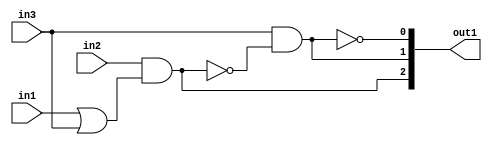
`timescale 1ps / 1ps
/*****************************************************************************
    Verilog RTL Description
    
    
    Created by: Stratus DpOpt 2019.1.01 
*******************************************************************************/

module DC_Filter_gen_busy_r_1 (
	in1,
	in2,
	in3,
	out1
	); /* architecture "behavioural" */ 
input  in1,
	in2,
	in3;
output [2:0] out1;
wire  asc004,
	asc005,
	asc007,
	asc009;
wire [2:0] asc010;

assign asc005 = 
	(in1)
	|(in3);

assign asc004 = 
	(in2)
	&(asc005);

assign asc007 = 
	(in3)
	&((~asc004));

assign asc009 = 
	((~asc007));

assign asc010 = {asc004,asc007,asc009};

assign out1 = asc010;
endmodule

/* CADENCE  uLf5Qw0= : u9/ySgnWtBlWxVPRXgAZ4Og= ** DO NOT EDIT THIS LINE ******/